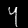
Digit: 4